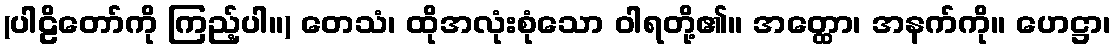
(ပါဠိတော်ကို ကြည့်ပါ။) တေသံ၊ ထိုအလုံးစုံသော ဝါရတို့၏။ အတ္ထော၊ အနက်ကို။ ဟေဋ္ဌာ၊